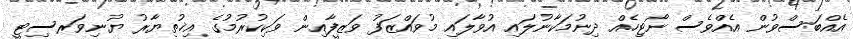
އެއްބަސްވުން އެއްވެސް ނޯޓިހެއް ދިނުމަކާނުލައި އުވާލައި މުވައްޒަފު ވަޒީފާއިން ވަކިކުރުމުގެ އިޚުތިޔާރު ޔުނިވަރސިޓީ